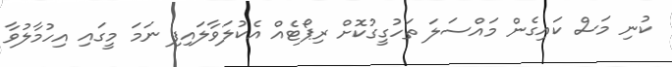
ކުނި މަސް ކައިގެން މައްސަލަ ތަހުގީގުކޮށް ރިޕޯޓެއް އެކުލަވާލައިފި ނަމަ މީގައި އިހުމާލުވާ